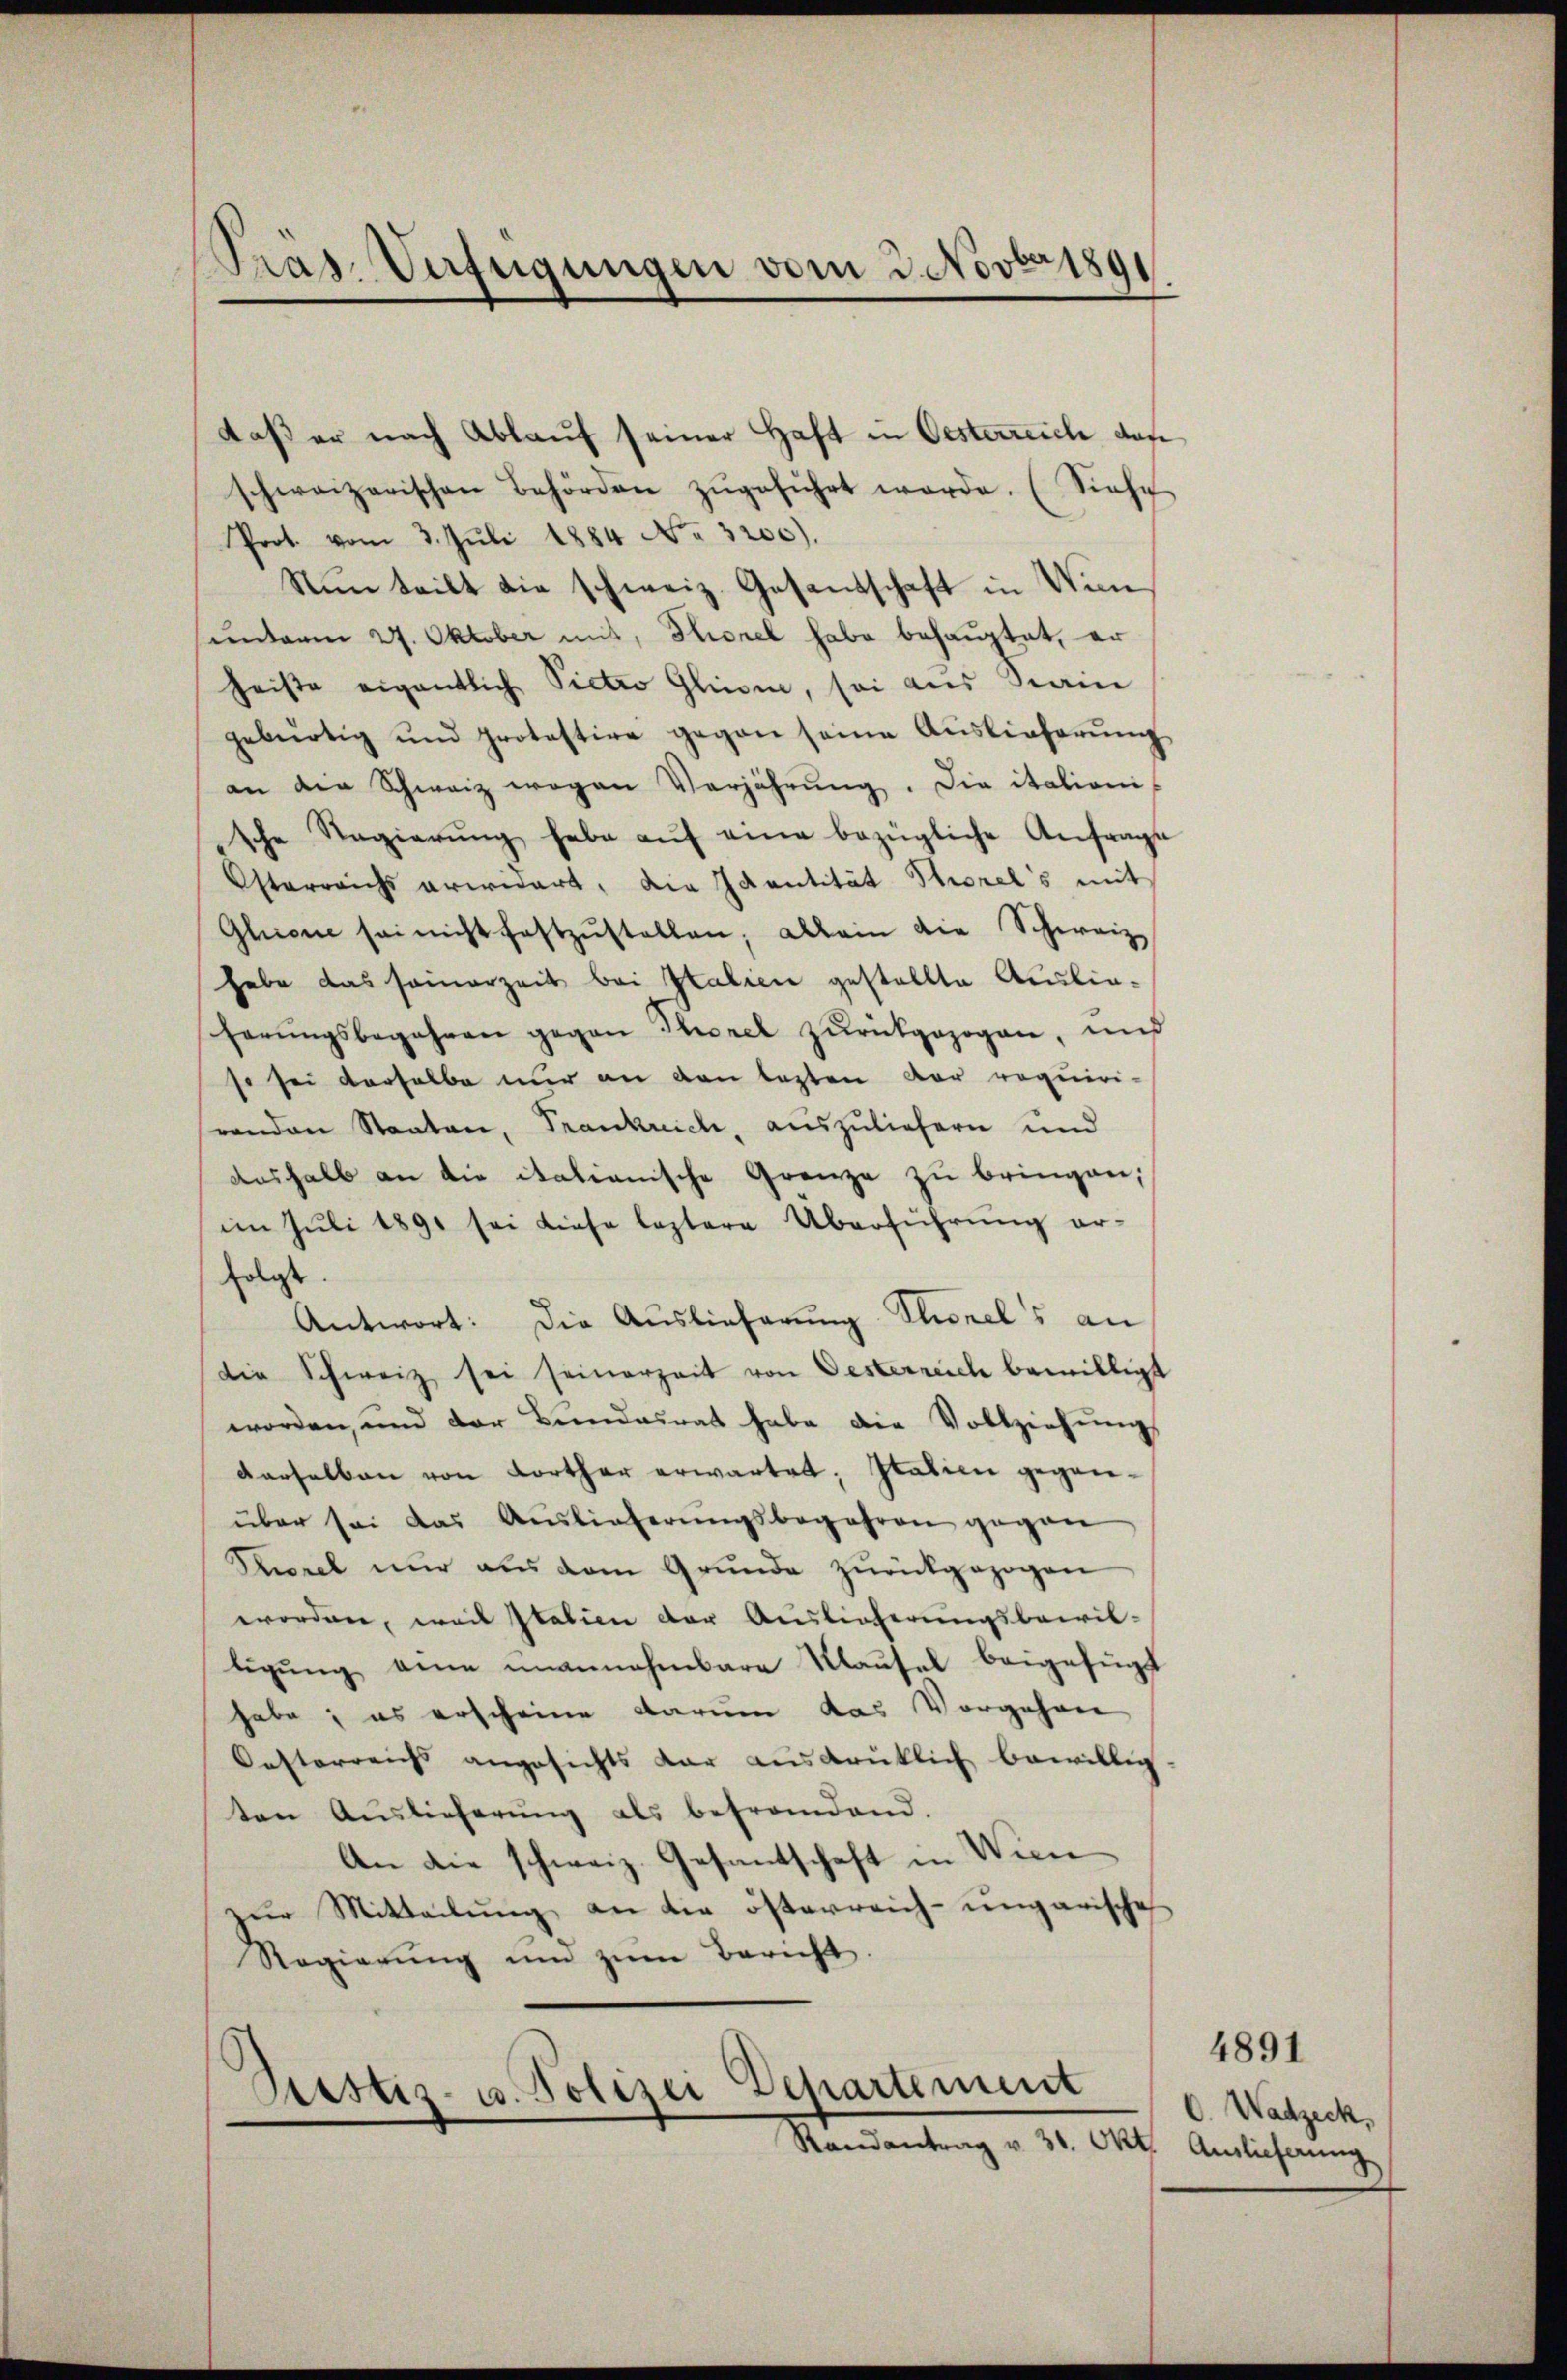
Pras. Verfügungen vom 2. Novbr 189

daß er nach Ablauf seiner Haft in Oesterreich das
schweizerischen Behörden zŭgeführt werde. (Siehe
Prot. vom 3. Juli 1884 No. 3200).
Nun teilt die schweiz. Gesandschaft in Vin
sunterm 27. Oktober mit, Sorel habe behauptet, er
heiste eigentlich Pietro Glim, sei aus Stain
gebürtig und protestire gegen seine Auslieferŭng
an der Schweiz wegen Verjährung. Die italioni-
sche Regierŭng habe aŭf eine bezügliche Anfrage
Osterreichs erwidert, die Identität Thorels mit
Gluon sei nicht festzŭstellen, allein die Schweiz.
habe das samerzeit bei Italien gestellte Auslieferŭngsbegehren gegen Thorel zŭrückgezogen, und
so sei derselbe nur an den lezten der requiri-
renden Staaten, Frankreich, auszuliefern und
aushalb an die italienische Grenze zu bringen,
im Juli 1891 sei diese leztere Überführung er-
folgt.
Antwort: Die Auslieferung Thorels an
die Schweiz sei seinerzeit von Oesterreich bewilligt
worden, und der Bŭndesrat habe die Vollziehŭng
derselben von dorther erwartet; Italien geganüber sei das Auslieferŭngsbegehren gegen
Priorel nur aus dem Grunde zŭrückgezogen
worden, weil Italien der Auslieferungsbewil-
ligŭng eine unannehmbare Klausel beigefügt
habe; es erscheine darum das Vorgehen
Oesterreichs angesichts dar ausdrüklich bewillig
ten Auslieferŭng als befrandend.
An die schweiz. Gesantschaft in Wien
zur Mitteilung an die österreich-ungarische
Regierŭng und zŭm Bericht.

Bestiz- u. Polizei Departement
Randantrag v. 31. Okt. Auslieferung

C. Wadzeck,

4891